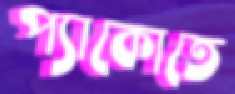
প্যাকোতে